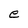
Character: e